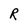
Character: R